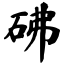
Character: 砩